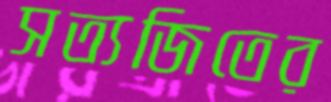
সত্যজিতের